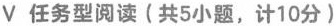
V任务型读(共5小题,计10分)